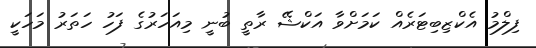
ފިލްމު އެކްޒިބިޓަރެއް ކަމަށްވާ އަކްޝޭ ރާތީ ބުނީ މިއަހަރުގެ ފަހު ހަތަރު މަހަކީ